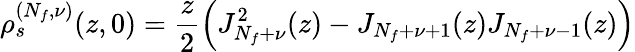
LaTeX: \rho_{s}^{(N_{f},\nu)}(z,0)=\frac{z}{2}\left(J_{N_{f}+\nu}^{2}(z)-J_{N_{f}+\nu+1}(z)J_{N_{f}+\nu-1}(z)\right)